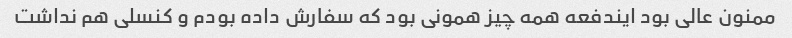
ممنون عالی بود ایندفعه همه چیز همونی بود که سفارش داده بودم و کنسلی هم نداشت